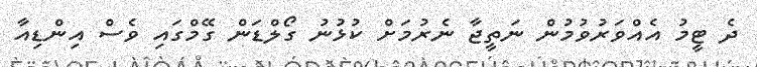
ދެ ޓީމު އެއްވަރުވުމުން ނަތީޖާ ނެރުމަށް ކުޅުނު ގޯލްޑަން ގޭމްގައި ވެސް އިންޑިއާ